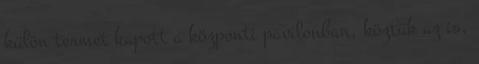
külön termet kapott a központi pavilonban, köztük az is,